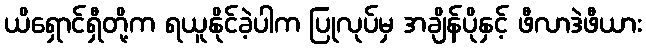
ယိရှောင်ရှီတို့က ရယူနိုင်ခဲ့ပါက ပြုလုပ်မှ အချိန်ပိုနှင့် ဖီလာဒဲဖီယား